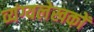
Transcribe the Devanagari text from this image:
व्यंग्यलेखकों